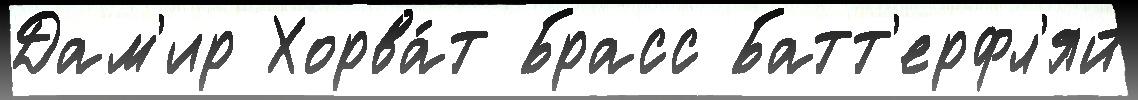
Дам'ир Хорва́т Брасс Батт'ерфл'яй